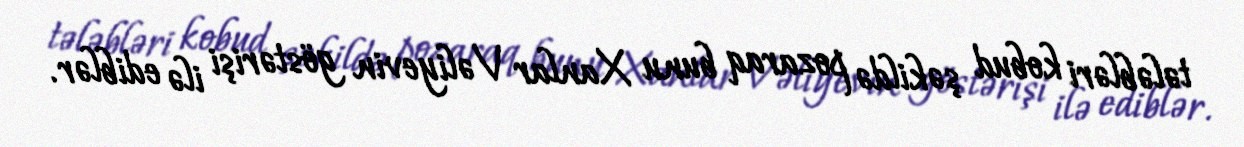
tələbləri kobud şəkildə pozaraq bunu Xanlar Vəliyevin göstərişi ilə ediblər.